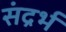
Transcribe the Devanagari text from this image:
संद्रर्भ